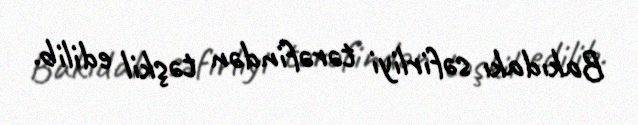
Bakıdakı səfirliyi tərəfindən təşkil edilib.